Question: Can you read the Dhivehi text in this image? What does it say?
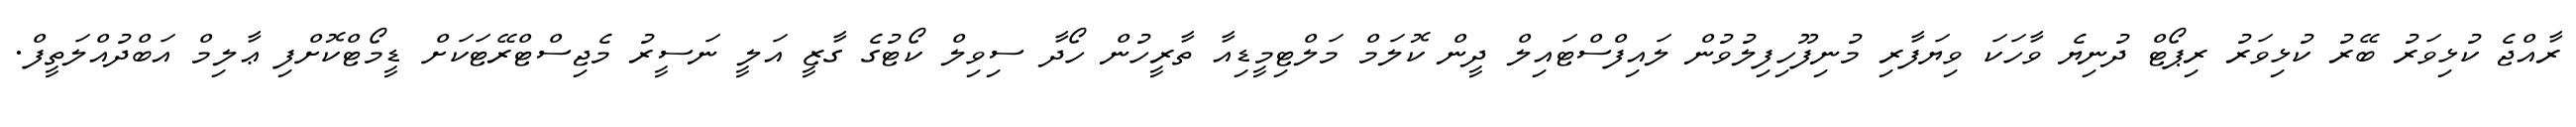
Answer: ރާއްޖެ ކުޅިވަރު ބޭރު ކުޅިވަރު ރިޕޯޓް ދުނިޔެ ވާހަކަ ވިޔަފާރި މުނިފޫހިފިލުވުން ލައިފްސްޓައިލް ދީން ކޮލަމް މަލްޓިމީޑިއާ ތާރީހުން ހޯދާ ސިވިލް ކޯޓުގެ ގާޒީ އަލީ ނަސީރު މެޖިސްޓްރޭޓަކަށް ޑީމޯޓްކޮށްފި ޢާލިމް އަބްދުއްލަތީފް.